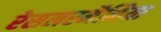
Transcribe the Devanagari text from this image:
रेसलरमैनिया